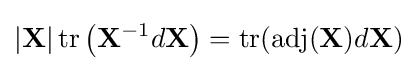
|\mathbf {X} |\operatorname {tr} \left(\mathbf {X} ^{-1}d\mathbf {X} \right)=\operatorname {tr} (\operatorname {adj} (\mathbf {X} )d\mathbf {X} )